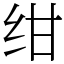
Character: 绀